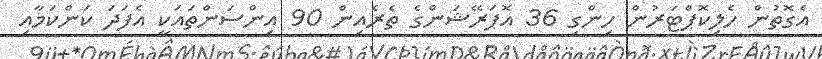
އެގޮތުން ހެލިކޮޕްޓަރުން ހިންގި 36 އޮޕަރޭޝަންގެ ތެރެއިން 90 އިންސަންތައަކީ އެފަދަ ކަންކަމާއި